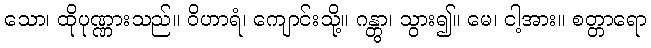
သော၊ ထိုပုဏ္ဏားသည်။ ဝိဟာရံ၊ ကျောင်းသို့။ ဂန္တွာ၊ သွား၍။ မေ၊ ငါ့အား။ စတ္တာရော